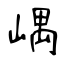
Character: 嵎